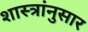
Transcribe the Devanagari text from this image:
शास्त्रांनुसार